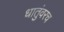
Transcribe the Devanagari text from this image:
धातुंवरच